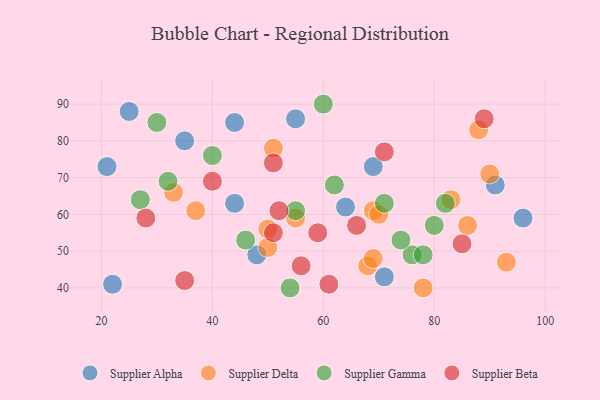
{"axis": {"x": "GDP", "y": "Life Expectancy"}, "legend": ["Supplier Alpha", "Supplier Beta", "Supplier Delta", "Supplier Gamma"], "data": [{"x": "64", "y": 62, "type": "Supplier Alpha"}, {"x": "22", "y": 41, "type": "Supplier Alpha"}, {"x": "25", "y": 88, "type": "Supplier Alpha"}, {"x": "55", "y": 86, "type": "Supplier Alpha"}, {"x": "21", "y": 73, "type": "Supplier Alpha"}, {"x": "96", "y": 59, "type": "Supplier Alpha"}, {"x": "71", "y": 43, "type": "Supplier Alpha"}, {"x": "35", "y": 80, "type": "Supplier Alpha"}, {"x": "69", "y": 73, "type": "Supplier Alpha"}, {"x": "44", "y": 85, "type": "Supplier Alpha"}, {"x": "44", "y": 63, "type": "Supplier Alpha"}, {"x": "48", "y": 49, "type": "Supplier Alpha"}, {"x": "91", "y": 68, "type": "Supplier Alpha"}, {"x": "55", "y": 59, "type": "Supplier Delta"}, {"x": "37", "y": 61, "type": "Supplier Delta"}, {"x": "83", "y": 64, "type": "Supplier Delta"}, {"x": "88", "y": 83, "type": "Supplier Delta"}, {"x": "50", "y": 56, "type": "Supplier Delta"}, {"x": "93", "y": 47, "type": "Supplier Delta"}, {"x": "86", "y": 57, "type": "Supplier Delta"}, {"x": "78", "y": 40, "type": "Supplier Delta"}, {"x": "68", "y": 46, "type": "Supplier Delta"}, {"x": "69", "y": 61, "type": "Supplier Delta"}, {"x": "90", "y": 71, "type": "Supplier Delta"}, {"x": "50", "y": 51, "type": "Supplier Delta"}, {"x": "33", "y": 66, "type": "Supplier Delta"}, {"x": "69", "y": 48, "type": "Supplier Delta"}, {"x": "70", "y": 60, "type": "Supplier Delta"}, {"x": "51", "y": 78, "type": "Supplier Delta"}, {"x": "40", "y": 76, "type": "Supplier Gamma"}, {"x": "27", "y": 64, "type": "Supplier Gamma"}, {"x": "76", "y": 49, "type": "Supplier Gamma"}, {"x": "54", "y": 40, "type": "Supplier Gamma"}, {"x": "71", "y": 63, "type": "Supplier Gamma"}, {"x": "78", "y": 49, "type": "Supplier Gamma"}, {"x": "46", "y": 53, "type": "Supplier Gamma"}, {"x": "62", "y": 68, "type": "Supplier Gamma"}, {"x": "60", "y": 90, "type": "Supplier Gamma"}, {"x": "55", "y": 61, "type": "Supplier Gamma"}, {"x": "32", "y": 69, "type": "Supplier Gamma"}, {"x": "82", "y": 63, "type": "Supplier Gamma"}, {"x": "30", "y": 85, "type": "Supplier Gamma"}, {"x": "74", "y": 53, "type": "Supplier Gamma"}, {"x": "80", "y": 57, "type": "Supplier Gamma"}, {"x": "59", "y": 55, "type": "Supplier Beta"}, {"x": "51", "y": 74, "type": "Supplier Beta"}, {"x": "66", "y": 57, "type": "Supplier Beta"}, {"x": "35", "y": 42, "type": "Supplier Beta"}, {"x": "56", "y": 46, "type": "Supplier Beta"}, {"x": "85", "y": 52, "type": "Supplier Beta"}, {"x": "61", "y": 41, "type": "Supplier Beta"}, {"x": "28", "y": 59, "type": "Supplier Beta"}, {"x": "71", "y": 77, "type": "Supplier Beta"}, {"x": "52", "y": 61, "type": "Supplier Beta"}, {"x": "89", "y": 86, "type": "Supplier Beta"}, {"x": "40", "y": 69, "type": "Supplier Beta"}, {"x": "51", "y": 55, "type": "Supplier Beta"}]}